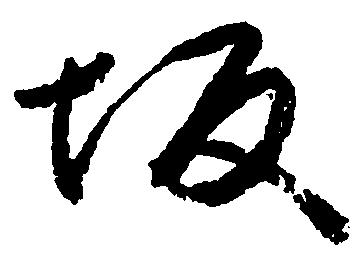
坂